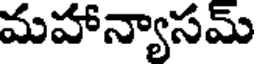
మహాన్యాసమ్